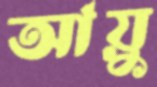
আয়ু